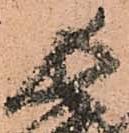
長